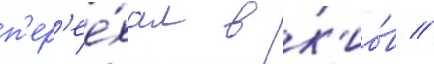
п'ер'ее́хал в к'ио́в //